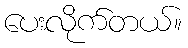
ပေးလိုက်တယ်။